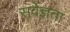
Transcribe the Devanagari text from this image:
सर्वेज्ञता